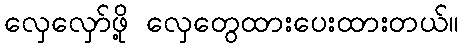
လှေလှော်ဖို့ လှေတွေထားပေးထားတယ်။